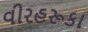
વીરહરૂકા